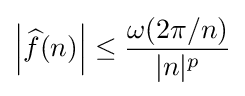
\left|{\widehat {f}}(n)\right|\leq {\omega (2\pi /n) \over |n|^{p}}